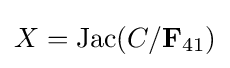
X={\text{Jac}}(C/{\bf {F}}_{41})